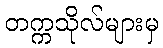
တက္ကသိုလ်များမှ